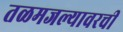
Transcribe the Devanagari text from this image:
तळमजल्यावरची